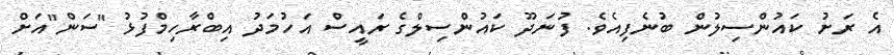
އެ ރަށު ކައުންސިލުން ބުނެފިއެވެ. ފުނަދޫ ކައުންސިލްގެ ރައީސް އަހުމަދު އިބްރާހިމްފުޅު "ސަންް"އަށް